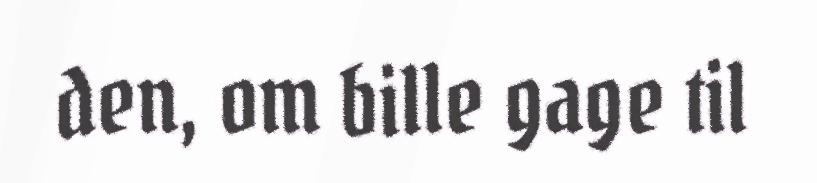
den, om bille gage til